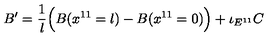
B ^ { \prime } = { \frac { 1 } { l } } \Big ( B ( x ^ { 1 1 } = l ) - B ( x ^ { 1 1 } = 0 ) \Big ) + \iota _ { E ^ { 1 1 } } C